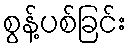
စွန့်ပစ်ခြင်း